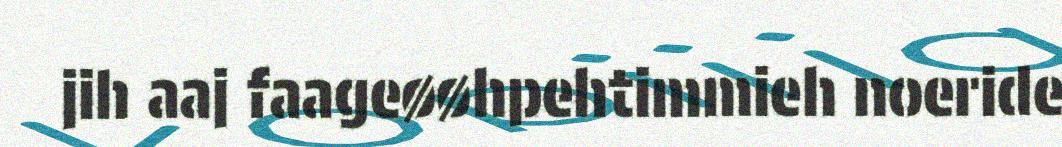
jih aaj faageøøhpehtimmieh noeride